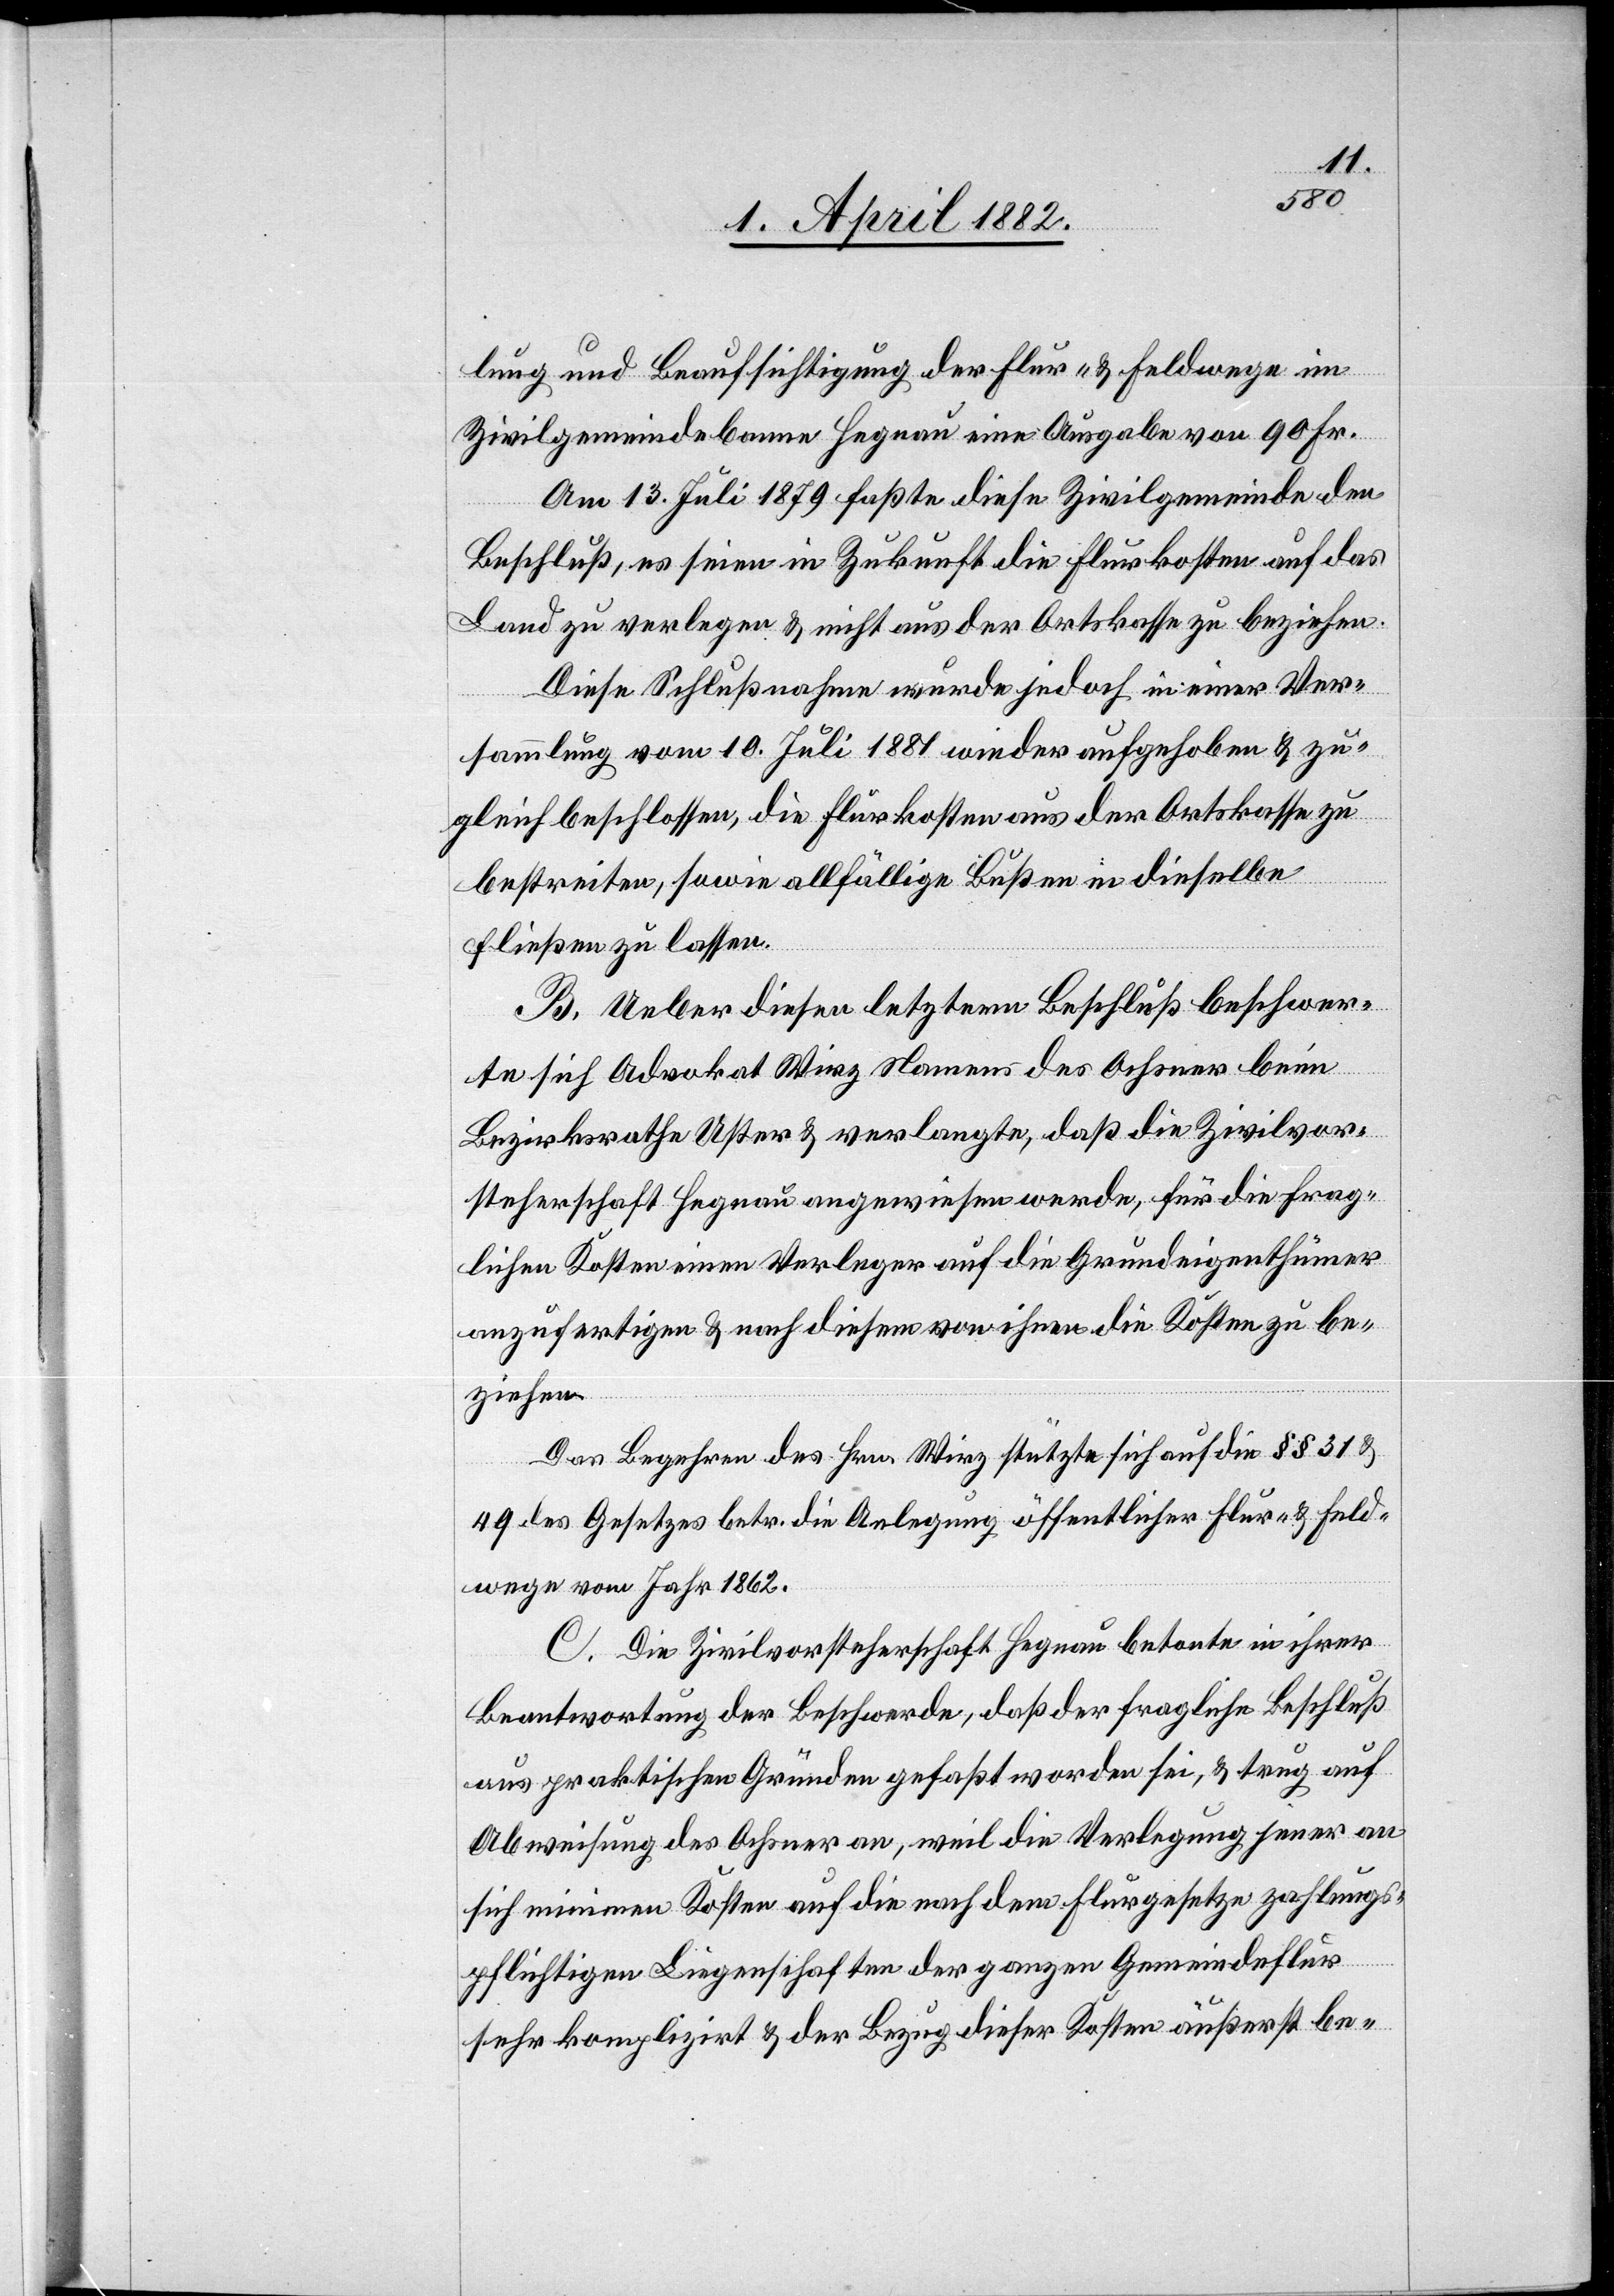
lung und Beaufsichtigung der Flur- & Feldwege im
Zivilgemeindebanne Hegnau eine Ausgabe von 90 Fr.
Am 13. Juli 1879 faßte diese Zivilgemeinde den
Beschluß, es seien in Zukunft die Flurkosten auf das
Land zu verlegen & nicht aus der Ortskasse zu beziehen.
Diese Schlußnahme wurde jedoch in einer Ver¬
sammlung vom 10. Juli 1881 wieder aufgehoben & zu¬
gleich beschlossen, die Flurkosten aus der Ortskasse zu
bestreiten, sowie allfällige Bußen in dieselbe
fließen zu lassen.
B. Ueber diesen letztern Beschluß beschwer¬
te sich Advokat Wirz Namens des Ochsner beim
Bezirksrathe Uster & verlangte, daß die Zivilvor¬
steherschaft Hegnau angewiesen werde, für die frag¬
lichen Kosten einen Verleger auf die Grundeigenthümer
anzufertigen & nach diesem von ihnen die Kosten zu be¬
ziehen.
Das Begehren des Hrn. Wirz stützte sich auf die §§ 31 &
49 des Gesetzes betr. die Anlegung öffentlicher Flur- & Feld¬
wege vom Jahr 1862.
C. Die Zivilvorsteherschaft Hegnau betonte in ihrer
Beantwortung der Beschwerde, daß der fragliche Beschluß
aus praktischen Gründen gefaßt worden sei, & trug auf
Abweisung des Ochsner an, weil die Verlegung jener an
sich minimen Kosten auf die nach dem Flurgesetze zahlungs¬
pflichtigen Liegenschaften der ganzen Gemeindeflur
sehr komplizirt & der Bezug dieser Kosten äußerst be-